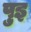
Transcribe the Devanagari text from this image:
पुइ